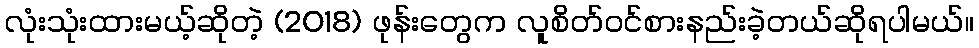
လုံးသုံးထားမယ့်ဆိုတဲ့ (2018) ဖုန်းတွေက လူစိတ်ဝင်စားနည်းခဲ့တယ်ဆိုရပါမယ်။